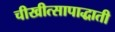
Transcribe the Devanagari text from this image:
चीखीत्सापाद्धाती